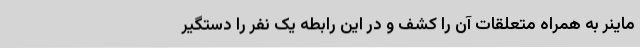
ماینر به همراه متعلقات آن را کشف و در این رابطه یک نفر را دستگیر